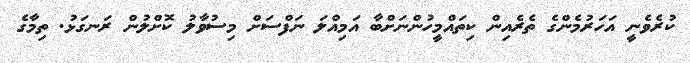
ކުރެވެނީ އަހަރުމެންގެ ތެރެއިން ކިތައްމީހުންނަށްބާ އަމިއްލަ ނަފްސަށް މިސުވާލު ކޮށްލުން ރަނގަޅު. ތިމާގެ